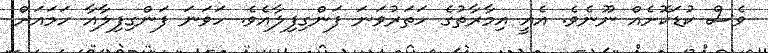
ވެސް ކުޑަކޮށެއް ނޫނެވެ. އެއީ އިމާރާތުގެ ހަތަރުވަނަ ފަންގިފިލާއެވެ. ހަވަނަ ފަންގިފިލާއާ ހަމައަށް